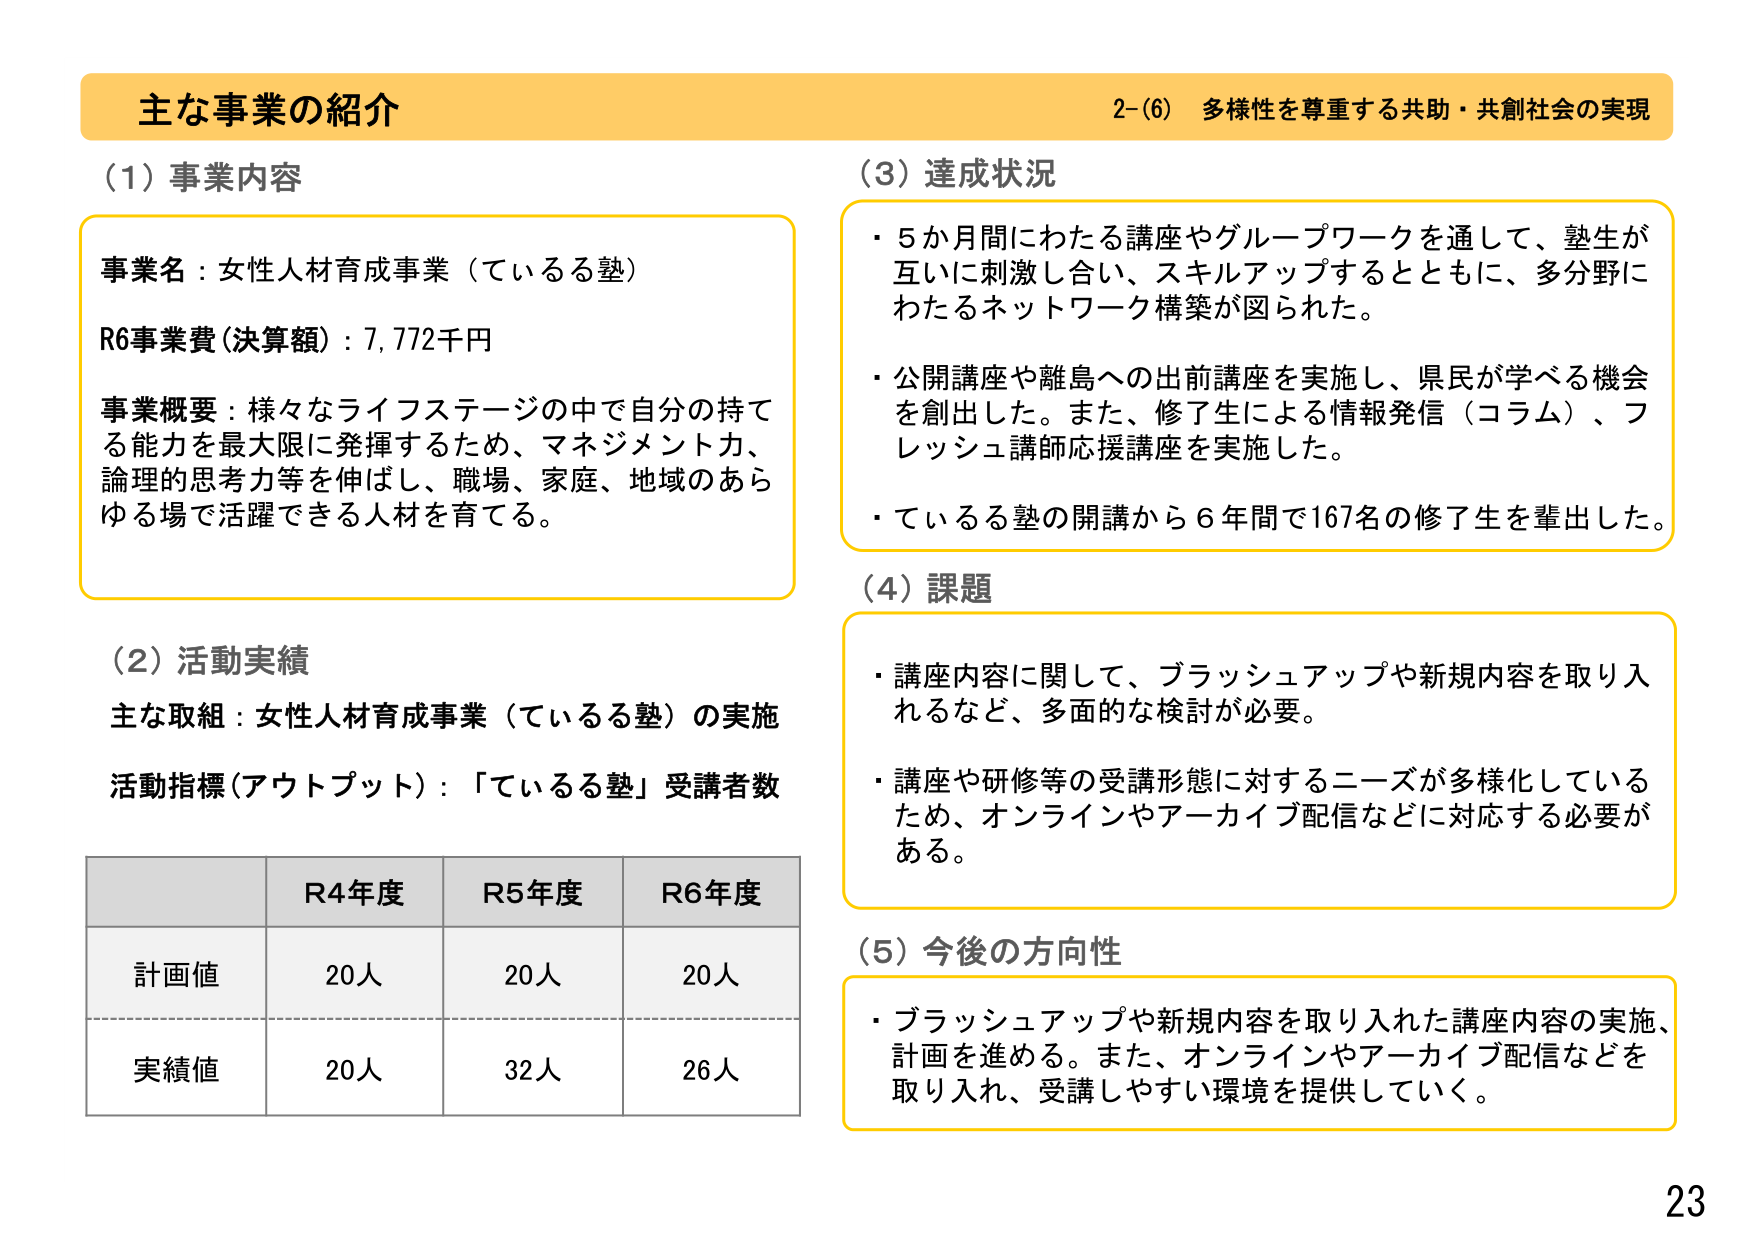
主な事業の紹介
2-(6) 多様性を尊重する共助・共創社会の実現

(1) 事業内容
事業名：女性人材育成事業（ているる塾）
R6事業費(決算額)：7,772千円
事業概要：様々なライフステージの中で自分の持てる能力を最大限に発揮するため、マネジメント力、論理的思考力等を伸ばし、職場、家庭、地域のあらゆる場で活躍できる人材を育てる。

(2) 活動実績
主な取組：女性人材育成事業（ているる塾）の実施
活動指標(アウトプット)：「ているる塾」受講者数

R4年度 R5年度 R6年度
計画値 20人 20人 20人
実績値 20人 32人 26人

(3) 達成状況
・5か月間にわたる講座やグループワークを通して、塾生が互いに刺激し合い、スキルアップするとともに、多分野にわたるネットワーク構築が図られた。
・公開講座や離島への出前講座を実施し、県民が学べる機会を創出した。また、修了生による情報発信（コラム）、フレッシュ講師応援講座を実施した。
・ているる塾の開講から6年間で167名の修了生を輩出した。

(4) 課題
・講座内容に関して、ブラッシュアップや新規内容を取り入れるなど、多面的な検討が必要。
・講座や研修等の受講形態に対するニーズが多様化しているため、オンラインやアーカイブ配信などに対応する必要がある。

(5) 今後の方針性
・ブラッシュアップや新規内容を取り入れた講座内容の実施、計画を進める。また、オンラインやアーカイブ配信などを取り入れ、受講しやすい環境を提供していく。

23